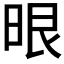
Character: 𭦂